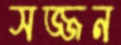
সজ্জন